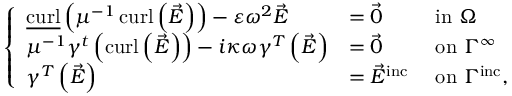
\begin{array} { r } { \left\{ \begin{array} { l l l } { \underline { { \operatorname { c u r l } } } \left( \mu ^ { - 1 } \operatorname { c u r l } \left( \vec { E } \right) \right) - \varepsilon \omega ^ { 2 } \vec { E } } & { = \vec { 0 } } & { \mathrm { ~ i n ~ } \Omega } \\ { \mu ^ { - 1 } \gamma ^ { t } \left( \operatorname { c u r l } \left( \vec { E } \right) \right) - i \kappa \omega \gamma ^ { T } \left( \vec { E } \right) } & { = \vec { 0 } } & { \mathrm { ~ o n ~ } \Gamma ^ { \infty } } \\ { \gamma ^ { T } \left( \vec { E } \right) } & { = \vec { E } ^ { \mathrm { i n c } } } & { \mathrm { ~ o n ~ } \Gamma ^ { \mathrm { i n c } } , } \end{array} \right. } \end{array}